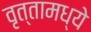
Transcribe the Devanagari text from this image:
वृत्तामध्ये